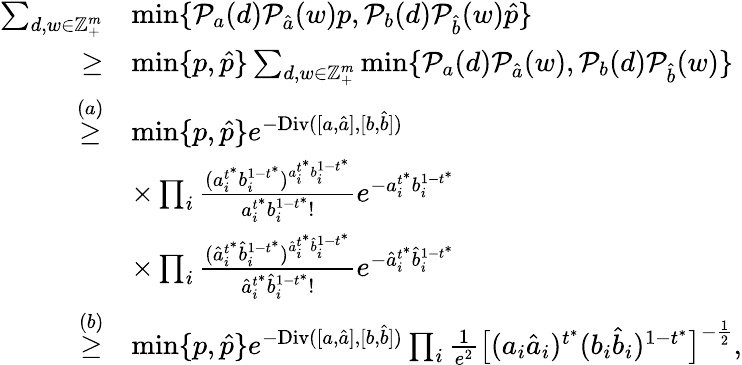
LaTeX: \begin{array}{rl}{\sum_{d,w\in\mathbb{Z}_{+}^{m}}}&{\operatorname*{min}\{ \mathcal{P}_{a}(d)\mathcal{P}_{\hat{a}}(w)p,\mathcal{P}_{b}(d)\mathcal{P}_{\hat{b}}(w)\hat{p}\} }\\ {\geq}&{\operatorname*{min}\{ p,\hat{p}\} \sum_{d,w\in\mathbb{Z}_{+}^{m}}\operatorname*{min}\{ \mathcal{P}_{a}(d)\mathcal{P}_{\hat{a}}(w),\mathcal{P}_{b}(d)\mathcal{P}_{\hat{b}}(w)\} }\\ {\overset{(a)}{\geq}}&{\operatorname*{min}\{ p,\hat{p}\} e^{-\textup{Div}([a,\hat{a}],[b,\hat{b}])}}\\ &{\times\prod_{i}\frac{(a_{i}^{t^{*}}b_{i}^{1-t^{*}})^{a_{i}^{t^{*}}b_{i}^{1-t^{*}}}}{a_{i}^{t^{*}}b_{i}^{1-t^{*}}!}e^{-a_{i}^{t^{*}}b_{i}^{1-t^{*}}}}\\ &{\times\prod_{i}\frac{(\hat{a}_{i}^{t^{*}}\hat{b}_{i}^{1-t^{*}})^{\hat{a}_{i}^{t^{*}}\hat{b}_{i}^{1-t^{*}}}}{\hat{a}_{i}^{t^{*}}\hat{b}_{i}^{1-t^{*}}!}e^{-\hat{a}_{i}^{t^{*}}\hat{b}_{i}^{1-t^{*}}}}\\ {\overset{(b)}{\geq}}&{\operatorname*{min}\{ p,\hat{p}\} e^{-\textup{Div}([a,\hat{a}],[b,\hat{b}])}\prod_{i}\frac{1}{e^{2}}\big[(a_{i}\hat{a}_{i})^{t^{*}}(b_{i}\hat{b}_{i})^{1-t^{*}}\big]^{-\frac{1}{2}},}\end{array}